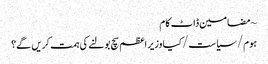
~ مضامین ڈاٹ کام
ہوم/سیاست/کیا وزیر اعظم سچ بولنے کی ہمت کریں گے؟